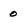
Character: 0